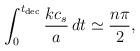
LaTeX: \begin{align*}\int _0^{t_{\rm dec}}\frac{kc_s}{a}\, dt \simeq \frac{n \pi }{2}, \end{align*}